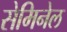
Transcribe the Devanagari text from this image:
सेमिनेल